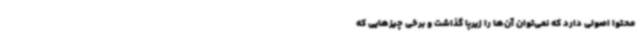
محتوا اصولی دارد که نمی‌توان آن‌ها را زیرپا گذاشت و برخی چیزهایی که